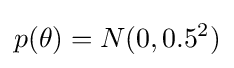
p(\theta )=N(0,0.5^{2})